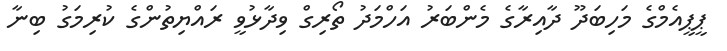
ޕީޕީއެމްގެ މަހިބަދޫ ދާއިރާގެ މެންބަރު އަހްމަދު ތޯރިގް ވިދާޅުވީ ރައްޔިތުންގެ ކުރިމަގު ބިނާ